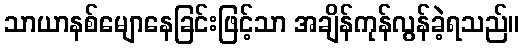
သာယာနစ်မျောနေခြင်းဖြင့်သာ အချိန်ကုန်လွန်ခဲ့ရသည်။